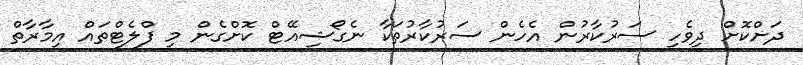
ދަށްކޮށް ދިވެހި ސަރުކާރުން އެހެން ސަރުކާރުތަކާ ނެގޯޝިއޭޓް ކޮށްގެން މި ފްލެޓްތައް އިމާރާތް